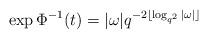
LaTeX: \begin{align*} \exp\Phi^{-1}(t)=|\omega|q^{-2\lfloor\log_{q^{2}}|\omega|\rfloor} \end{align*}